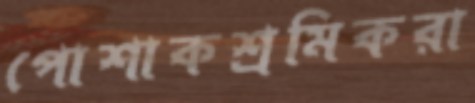
পোশাকশ্রমিকরা